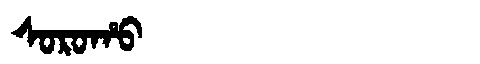
Manchu: ᠰᠣᡵᠣᡥᠣ
Romanization: SOROHO